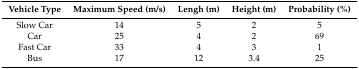
| Vehicle Type | Maximum Speed (m/s) | Lengh (m) | Height (m) | Probability (%) |
 | --- | --- | --- | --- | --- |
 | Slow Car | 14 | 5 | 2 | 5 |
 | Car | 25 | 4 | 2 | 69 |
 | Fast Car | 33 | 4 | 3 | 1 |
 | Bus | 17 | 12 | 3.4 | 25 |